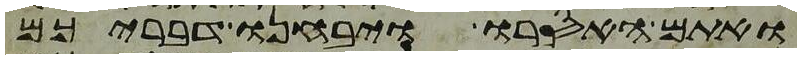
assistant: ואתם האסרו ויבחנו דבריכם